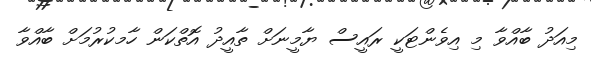
މިއަދު ބާއްވާ މި އިވެންޓަކީ ރައީސް ޔާމީނަށް ތާއީދު އޮތްކަން ހާމކުރުމަށް ބާއްވާ